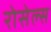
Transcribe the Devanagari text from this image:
रोसेल्स